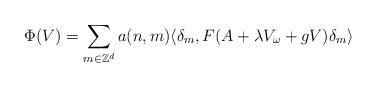
LaTeX: \begin{align*} \Phi(V)=\sum_{m\in \mathbb{Z}^d}a(n,m)\langle{\delta_m},F(A+\lambda V_{\omega}+gV)\delta_m\rangle \end{align*}